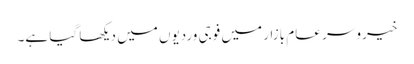
خیرو سر عام بازار میں فوجی وردیوں میں دیکھا گیا ہے۔